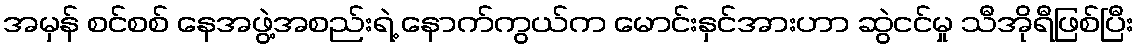
အမှန် စင်စစ် နေအဖွဲ့အစည်းရဲ့ နောက်ကွယ်က မောင်းနှင်အားဟာ ဆွဲငင်မှု သီအိုရီဖြစ်ပြီး